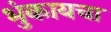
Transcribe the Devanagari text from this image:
भुंकायचा